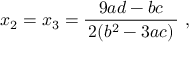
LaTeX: x _ { 2 } = x _ { 3 } = { \frac { 9 a d - b c } { \, 2 ( b ^ { 2 } - 3 a c ) \, } } ~ ,